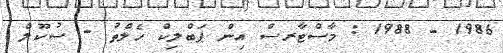
1986 - 1988 : މާސްޓާރސް އިން ޕަބްލިކް ހެލްތު - ސުކޫލް